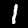
Digit: 1